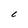
Character: C